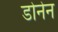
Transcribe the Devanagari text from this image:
डोनेन